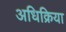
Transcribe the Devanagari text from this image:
अधिक्रिया